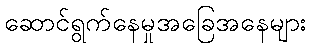
ဆောင်ရွက်နေမှုအခြေအနေများ